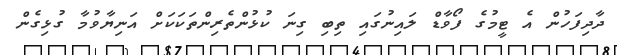
ދާދިފަހުން އެ ޓީމުގެ ފޯވާޑް ލައިނުގައި ތިބި ގިނަ ކުޅުންތެރިންތަކަކަށް އަނިޔާވުމާ ގުޅިގެން